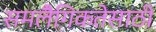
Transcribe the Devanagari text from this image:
समलैँगिकतेसाठी